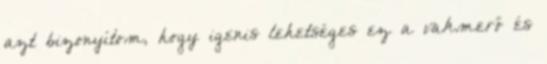
azt bizonyítom, hogy igenis lehetséges ez a vakmerő és